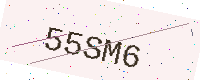
Text: 55SM6